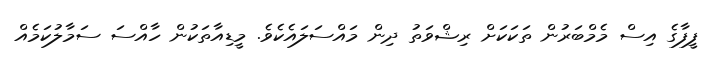
ފީފާގެ އިސް މެމްބަރުން ތަކަކަށް ރިޝްވަތު ދިން މައްސަލައެކެވެ. މީޑިއާތަކުން ހާއްސަ ސަމާލުކަމެއް